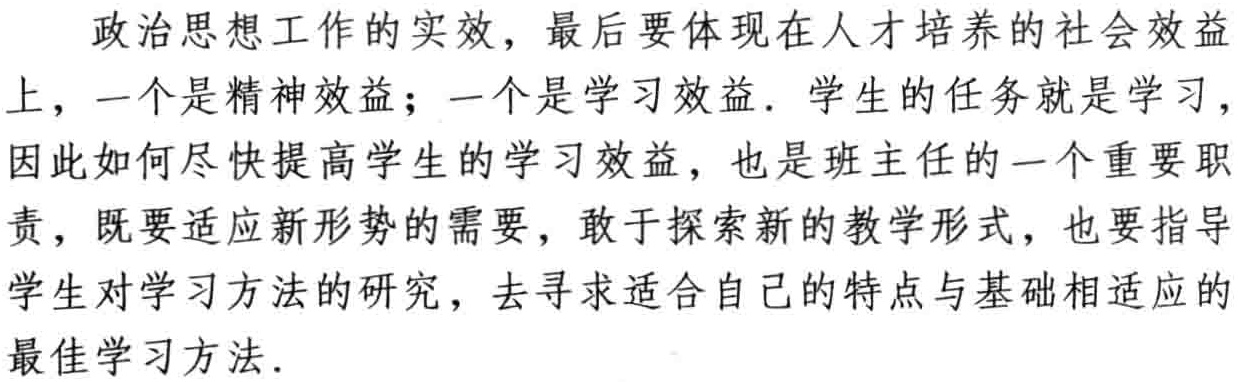
政治思想工作的实效，最后要体现在人才培养的社会效益上，一个是精神效益；一个是学习效益. 学生的任务就是学习，因此如何尽快提高学生的学习效益，也是班主任的一个重要职责，既要适应新形势的需要，敢于探索新的教学形式，也要指导学生对学习方法的研究，去寻求适合自己的特点与基础相适应的最佳学习方法.